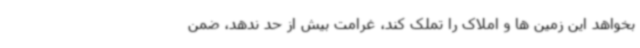
بخواهد این زمین ها و املاک را تملک کند، غرامت بیش از حد ندهد، ضمن